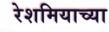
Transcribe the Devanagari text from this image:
रेशमियाच्या